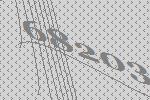
68203